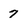
Character: 7